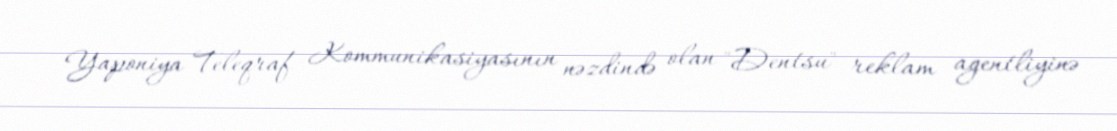
Yaponiya Teleqraf Kommunikasiyasının nəzdində olan "Dentsu" reklam agentliyinə